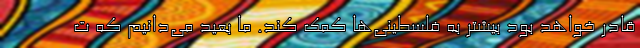
قادر خواهد بود بیشتر به فلسطینی‌ها کمک کند. ما بعید می‌دانیم که ت